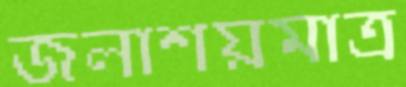
জলাশয়মাত্র